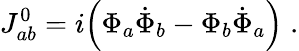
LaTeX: J_{ab}^{0}=i\Big(\Phi_{a}\dot{\Phi}_{b}-\Phi_{b}\dot{\Phi}_{a}\Big)\; .